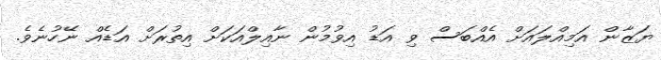
ޔަޒާން އަމިއްލައަށް އެއްބަސް ވި އަޑު އިވުމުން ނާއިލްއަކަށް އިތުރަށް އަޑެއް ނޭހުނެވެ.